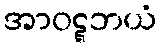
အာဝဋ္ဋဘယံ